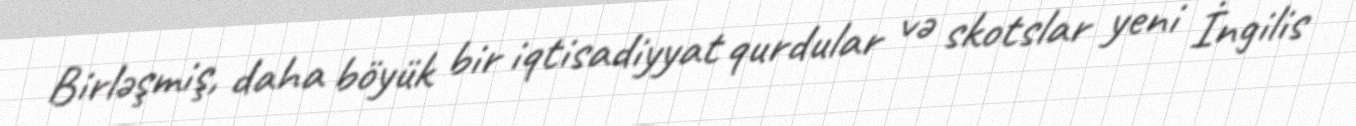
Birləşmiş, daha böyük bir iqtisadiyyat qurdular və skotslar yeni İngilis